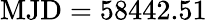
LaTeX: \mathrm{MJD}=58442.51